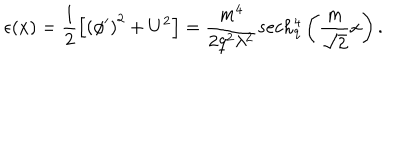
LaTeX: \epsilon ( x ) = \frac 1 2 \left[ \left( \phi ^ { \prime } \right) ^ { 2 } + U ^ { 2 } \right] = \frac { m ^ { 4 } } { 2 q ^ { 2 } \lambda ^ { 2 } } s e c h _ { q } ^ { 4 } \left( \frac { m } { \sqrt 2 } x \right) .